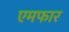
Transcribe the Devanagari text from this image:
एमफार